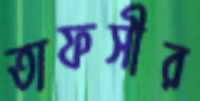
তাফসীর